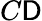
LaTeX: C\mathsf{D}